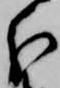
分